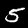
Digit: 5